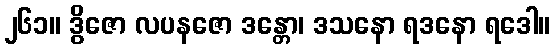
၂၆၁။ ဒွိဇော လပနဇော ဒန္တော၊ ဒသနော ရဒနော ရဒေါ။